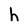
Character: h